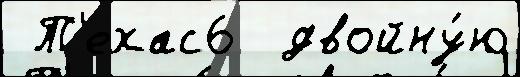
 Т'ехас6  двойну́ю